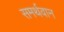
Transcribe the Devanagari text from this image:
समर्थवान